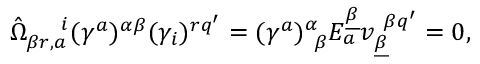
\hat { \Omega } _ { \beta r , a } ^ { ~ ~ ~ ~ i } ( \gamma ^ { a } ) ^ { \alpha \beta } ( \gamma _ { i } ) ^ { r q ^ { \prime } } = ( \gamma ^ { a } ) _ { ~ \beta } ^ { \alpha } E _ { a } ^ { \underline { { \beta } } } v _ { \underline { { \beta } } } ^ { ~ \beta q ^ { \prime } } = 0 ,